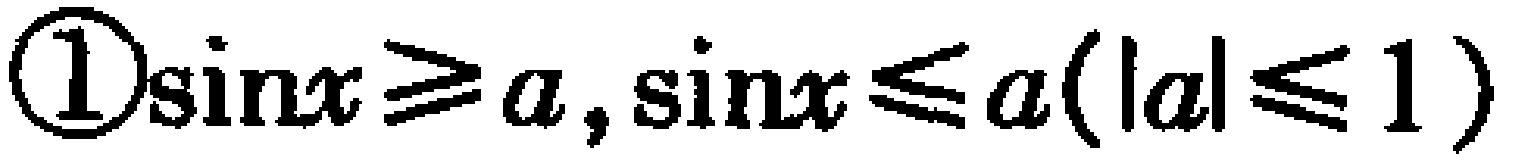
\(\textcircled{1}\sin x\geqslant a,\sin x\leqslant a(|a|\leqslant 1)\)